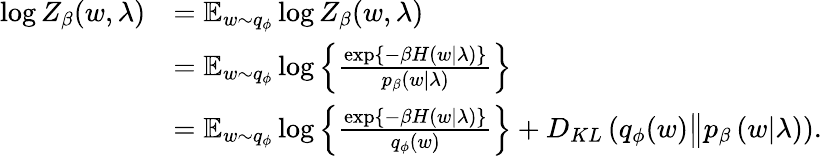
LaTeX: \begin{array}{rl}{\log Z_{\beta}(w,\lambda)}&{=\operatorname{\mathbb{E}}_{w\sim q_{\phi}}\log Z_{\beta}(w,\lambda)}\\ &{=\operatorname{\mathbb{E}}_{w\sim q_{\phi}}\log\left\{ \frac{\exp\left\{ -\beta H\left(w|\lambda\right)\right\} }{p_{\beta}\left(w\vert\lambda\right)}\right\} }\\ &{=\operatorname{\mathbb{E}}_{w\sim q_{\phi}}\log\left\{ \frac{\exp\left\{ -\beta H\left(w\vert\lambda\right)\right\} }{q_{\phi}(w)}\right\} +D_{KL}\left(q_{\phi}(w)\big\Vert p_{\beta}\left(w\vert\lambda\right)\right).}\end{array}